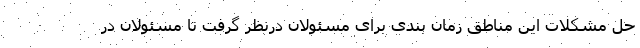
حل مشکلات این مناطق زمان بندی برای مسئولان درنظر گرفت تا مسئولان در